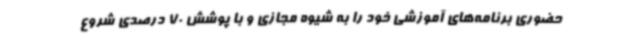
حضوری برنامه‌های آموزشی خود را به شیوه مجازی و با پوشش 70 درصدی شروع